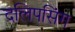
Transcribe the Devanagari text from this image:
दलिपसिंग